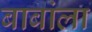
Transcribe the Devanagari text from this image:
बाबांला